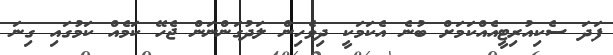
ފަދަ ސެކިއުރިޓީއެއްކަމަަށް ބުނެ އެކަމަކީ ދިވެހިން ލަދުގަންނަން ޖެހޭ ކަމެއް ކަމުގައި ގިނަ